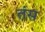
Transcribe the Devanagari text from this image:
तंस